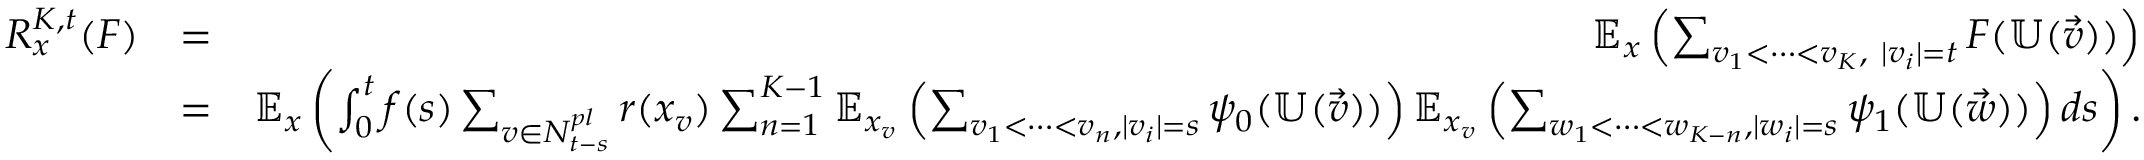
\begin{array} { r l r } { R _ { x } ^ { K , t } ( F ) } & { = } & { \mathbb { E } _ { x } \left( \sum _ { v _ { 1 } < \cdots < v _ { K } , \ | v _ { i } | = t } F ( { \mathbb U } ( \vec { v } ) ) \right) } \\ & { = } & { \mathbb { E } _ { x } \left( \int _ { 0 } ^ { t } f ( s ) \sum _ { v \in { \cal N } _ { t - s } ^ { p l } } { r ( { x _ { v } } ) } \sum _ { n = 1 } ^ { K - 1 } \mathbb { E } _ { { x _ { v } } } \left( \sum _ { v _ { 1 } < \cdots < v _ { n } , | v _ { i } | = s } \psi _ { 0 } ( \mathbb { U } ( \vec { v } ) ) \right) \mathbb { E } _ { { x _ { v } } } \left( \sum _ { w _ { 1 } < \cdots < w _ { K - n } , | w _ { i } | = s } \psi _ { 1 } ( \mathbb { U } ( \vec { w } ) ) \right) d s \right) . } \end{array}